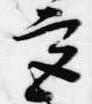
宮